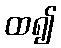
ထ၍